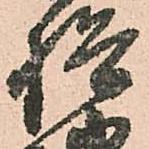
検